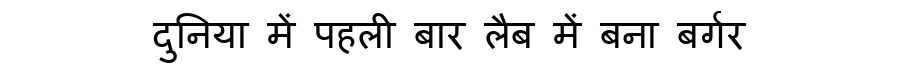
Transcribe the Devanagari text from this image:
दुनिया में पहली बार लैब में बना बर्गर